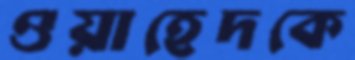
ওয়াহেদকে